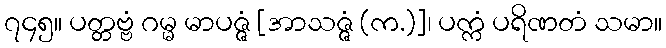
၇၄၅။ ပတ္တဗ္ဗံ ဂမ္မ မာပဇ္ဇံ [အာသဇ္ဇံ (က.)]၊ ပက္ကံ ပရိဏတံ သမာ။